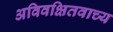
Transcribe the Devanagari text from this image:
अविवक्षितवाच्य